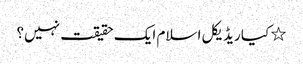
٭ کیا ریڈیکل اسلام ایک حقیقت نہیں؟